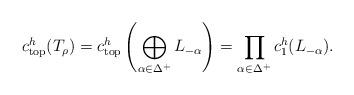
LaTeX: \begin{align*} c^{h}_{{\rm top}} (T_{\rho}) = c^{h}_{{\rm top}} \left (\bigoplus_{\alpha \in \Delta^{+}} L_{-\alpha} \right ) = \prod_{\alpha \in \Delta^{+}} c^{h}_{1}(L_{-\alpha}). \end{align*}